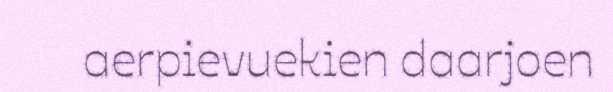
aerpievuekien daarjoen